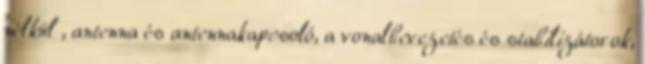
nélkül , antenna és antennakapcsoló, a vonalbevezetés és stabilizátorok,